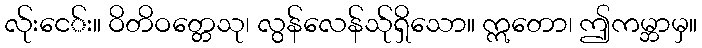
လ်ုးငေ်း။ ဝိတိဝတ္တေသု၊ လွန်လေန်သု်ရှိသော။ ဣတော၊ ဤကမ္ဘာမှ။